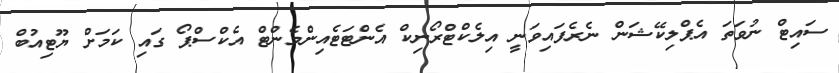
ސައިޓް ނުވަތަ އެޕްލިކޭޝަން ނެރެފައިވަނީ އިލެކްޓްރޯނިކް އެންޓަޓެއިންމެންޓް އެކްސްޕޯ ގައި ކަމަށް ޔޫޓިއުބް